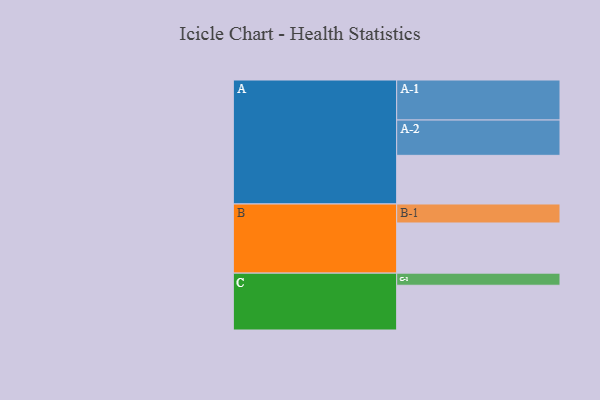
{"axis": {"x": "Segment", "y": "Value"}, "legend": ["", "A", "B", "C"], "data": [{"x": "A", "y": 361, "type": ""}, {"x": "B", "y": 372, "type": ""}, {"x": "C", "y": 332, "type": ""}, {"x": "A-1", "y": 297, "type": "A"}, {"x": "A-2", "y": 262, "type": "A"}, {"x": "B-1", "y": 141, "type": "B"}, {"x": "C-1", "y": 90, "type": "C"}]}